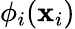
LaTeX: \phi_{i}(\mathbf{x}_{i})